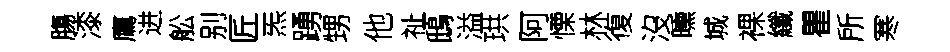
膓漆鷹进舩别匠炁踴甥他祉鴟溢珙阿慄林復沒曛城裸纖瞿所寒